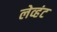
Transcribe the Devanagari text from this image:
लेव्हंट